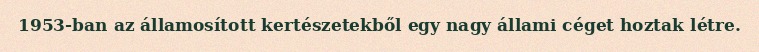
1953-ban az államosított kertészetekből egy nagy állami céget hoztak létre.